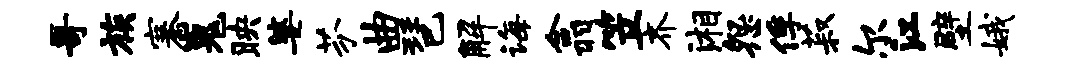
哥族寨嵬映婆芬曲琶解诲翕笠齐湘怨俘菽尔江壁娥